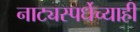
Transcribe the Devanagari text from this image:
नाट्यस्पर्धेच्याही